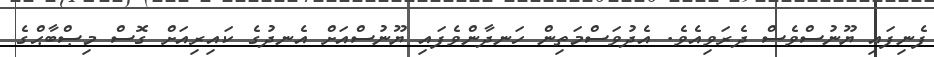
ފެނިފައި ޔޫނުސްވެސް ދެރަވިއެވެ. އެދުވަސްމަތިން ހަނދާންވެފައި ޔޫނުސްއަށް އެނދުގެ ކައިރިއަށް ގޮސް މިޞްބާޙްގެ